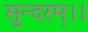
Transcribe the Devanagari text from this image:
सुन्दरम्।।